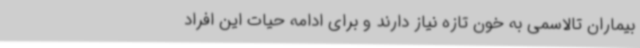
بیماران تالاسمی به خون تازه نیاز دارند و برای ادامه حیات این افراد